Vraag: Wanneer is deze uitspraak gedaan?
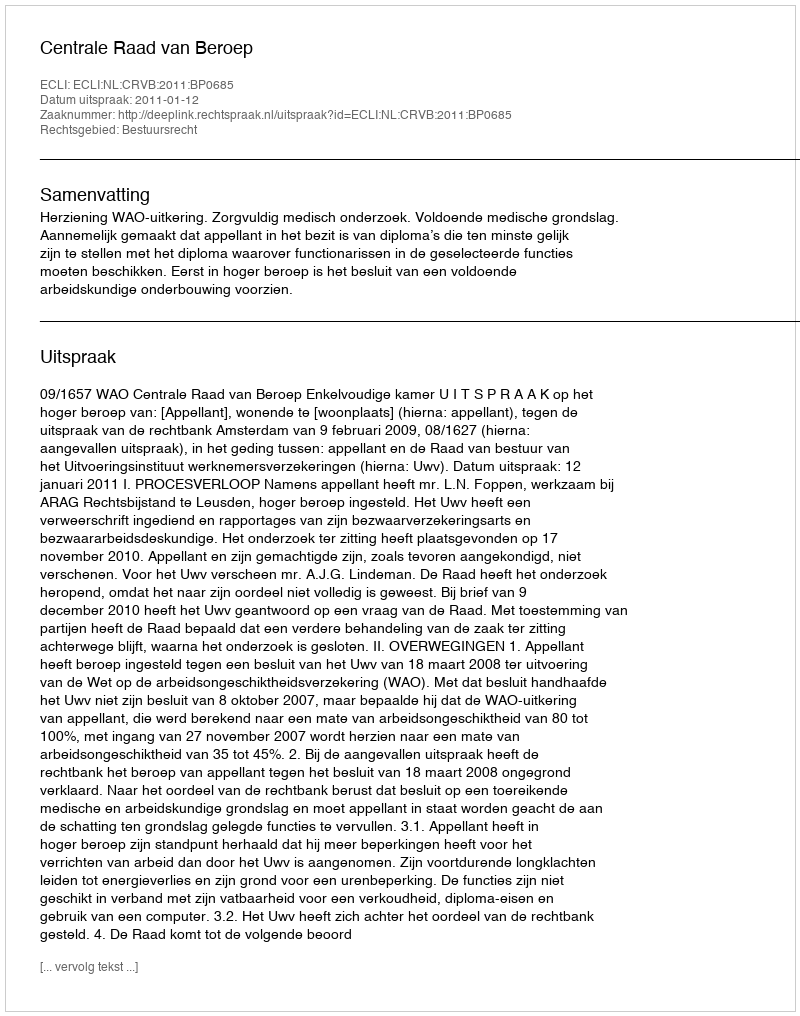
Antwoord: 2011-01-12